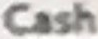
Cash